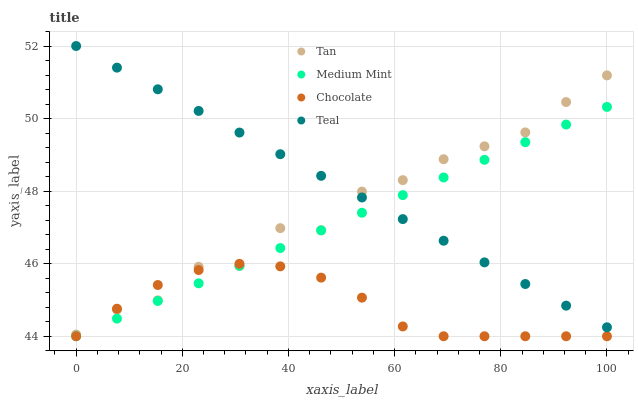
| xaxis_label | Tan | Medium Mint | Chocolate | Teal |
 | --- | --- | --- | --- | --- |
 | 0 | 44 | 44 | 44 | 52 |
 | 7.69 | 44.7 | 44.5 | 44.8 | 51.4 |
 | 15.4 | 45 | 45 | 45.4 | 50.8 |
 | 23.1 | 45.9 | 45.5 | 45.8 | 50.2 |
 | 30.8 | 45.9 | 45.9 | 46 | 49.6 |
 | 38.5 | 47 | 46.4 | 45.9 | 49 |
 | 46.2 | 46.9 | 46.9 | 45.6 | 48.4 |
 | 53.8 | 48 | 47.4 | 45.1 | 47.8 |
 | 61.5 | 48.3 | 47.9 | 44.3 | 47.2 |
 | 69.2 | 48.9 | 48.4 | 44 | 46.6 |
 | 76.9 | 49.2 | 48.9 | 44 | 46 |
 | 84.6 | 49.6 | 49.3 | 44 | 45.4 |
 | 92.3 | 50.5 | 49.8 | 44 | 44.8 |
 | 100 | 51.2 | 50.3 | 44 | 44.2 |